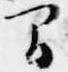
間